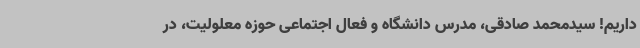
داریم! سیدمحمد صادقی، مدرس دانشگاه و فعال اجتماعی حوزه معلولیت، در